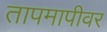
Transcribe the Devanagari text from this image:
तापमापीवर